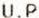
U.P